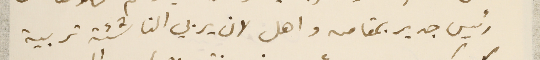
رئيس جديد بمقامه واهل لان يربي الناشئة تربية